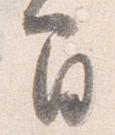
間